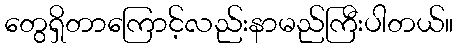
တွေရှိတာကြောင့်လည်းနာမည်ကြီးပါတယ်။